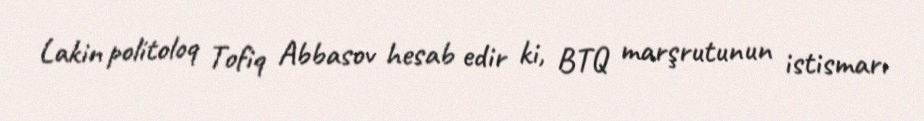
Lakin politoloq Tofiq Abbasov hesab edir ki, BTQ marşrutunun istismarı